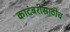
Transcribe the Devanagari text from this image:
कादंबरीसाठीच